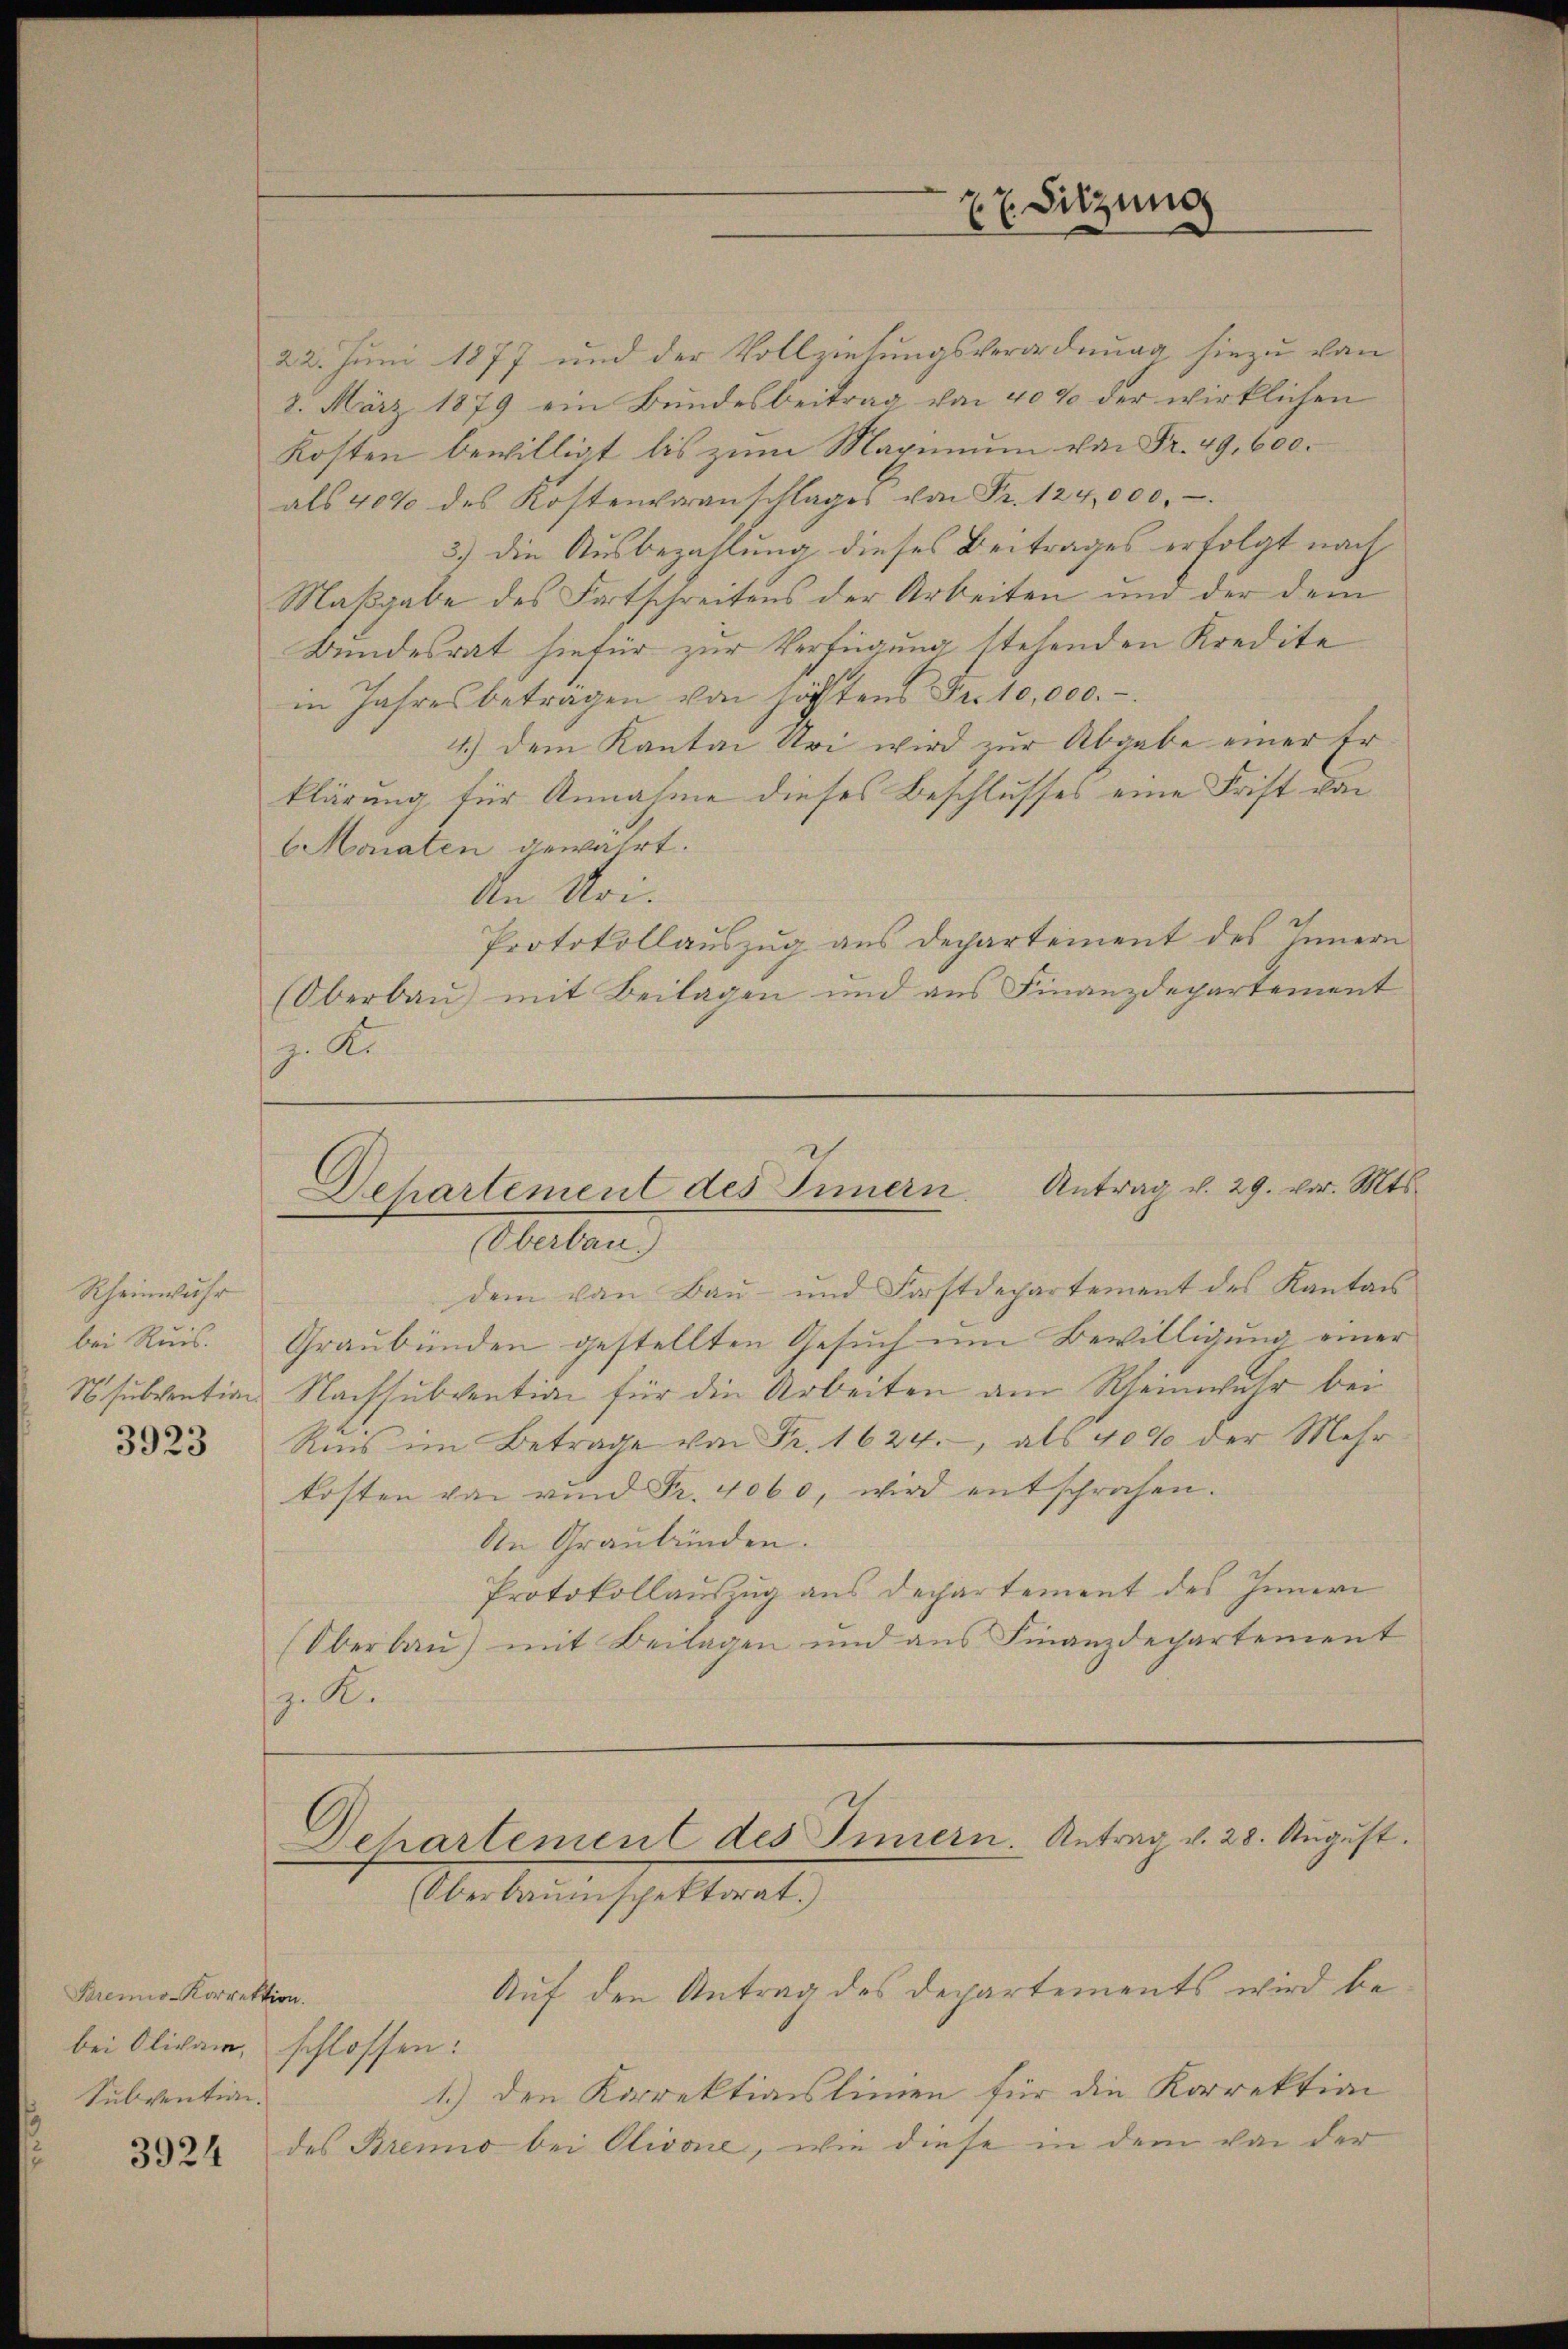
Rheinwuhr
bei Ruis.
3923

Premio-Korrektion.
bei Olivar, schlossen:
Subvention.

3924

Monaten gewährt.

Bundesrat hiefür zur Verfügung stehenden Kredite
in Jahres betragen von höchtens Fr. 10,000.-
4.) Dem Kanton Uri wird zur Abgabe einer Erklärung für Annahme dieses Beschlusses eine Frist von
An Noi.
Protokollauszug aus Departement des Innern
(Oberbau) mit Beilagen und aus Finanzdepartement
z. Kr

xx. Sitzung

Antrag v. 29. vor. Mts.
Departement des Innern.
Oberben

22. Juni 1877 und der Vollziehungsverordnung hiezu von
8. März 1879 ein Bundesbeitrag von 40% der wirklichen
Kosten bewilligt bis zŭm Maximŭm von Fr. 49. 600.
als 40% des Kostenvoranschlages von Fr. 124,000.-
3.) die Ausbezahlung dieses Beitrages erfolgt nach
Maßgabe des Fortschreitens der Arbeiten und der dem

Departement des Innern. Antrag v. 28. August.
Oberbaumschektorat.)

1.) den Korrektionslinien für die Korrektion
des Brennio bei Olivone, wie diese in dem von der

Auf den Antrag des Departements wird be¬

dem von Baŭ- und Forstdepartement des Kanton
Graubünden gestellten Gesuch um Bewilligung einer
Nsubvention Nachsubvention für die Arbeiten am Rheinwuhr bei
Ris im Betrage von Fr. 1624., als 40% der Mehr-
kosten von vind Fr. 4060, wird entsprochen.
An Graubünden.
Protokollauszug aus Departement des Innern
(Oberbaŭ) mit Beilagen und ans Finanzdepartement
. K.